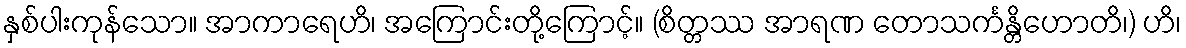
နှစ်ပါးကုန်သော။ အာကာရေဟိ၊ အကြောင်းတို့ကြောင့်။ (စိတ္တဿ အာရဏ တောသင်္ကန္တိဟောတိ၊) ဟိ၊